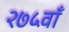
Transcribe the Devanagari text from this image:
२७५वाँ